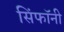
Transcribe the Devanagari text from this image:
सिंफॉनी